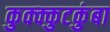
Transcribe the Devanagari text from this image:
कुक्क्कुटकुंबा